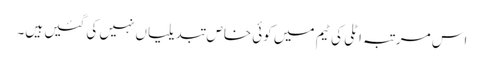
اس مرتبہ اٹلی کی ٹیم میں کوئی خاص تبدیلیاں نہیں کی گئیں ہیں۔